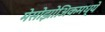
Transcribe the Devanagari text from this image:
मेसोझोअिकमध्ये